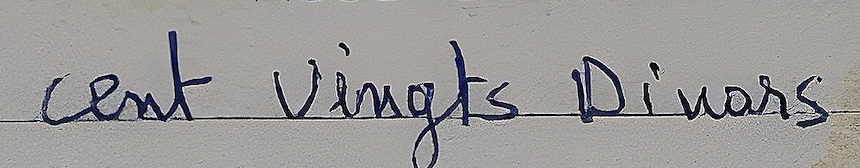
cent vingts Dinars